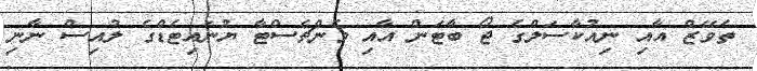
ތެވޭޒް އާއި ނިއުކާސަލްގެ ޖޯ ބާޓަން އާއި މެންޗެސްޓާ ޔުނައިޓެޑްގެ ލުއިސް ނާނި